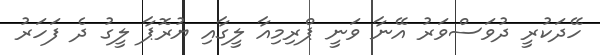
ހޭދަކުރީ ދުވަސްވަރު އޭނާ ވަނީ ޕްރިމިއާ ލީގާއި ޔުރޮޕާ ލީގު ދެ ފަހަރު